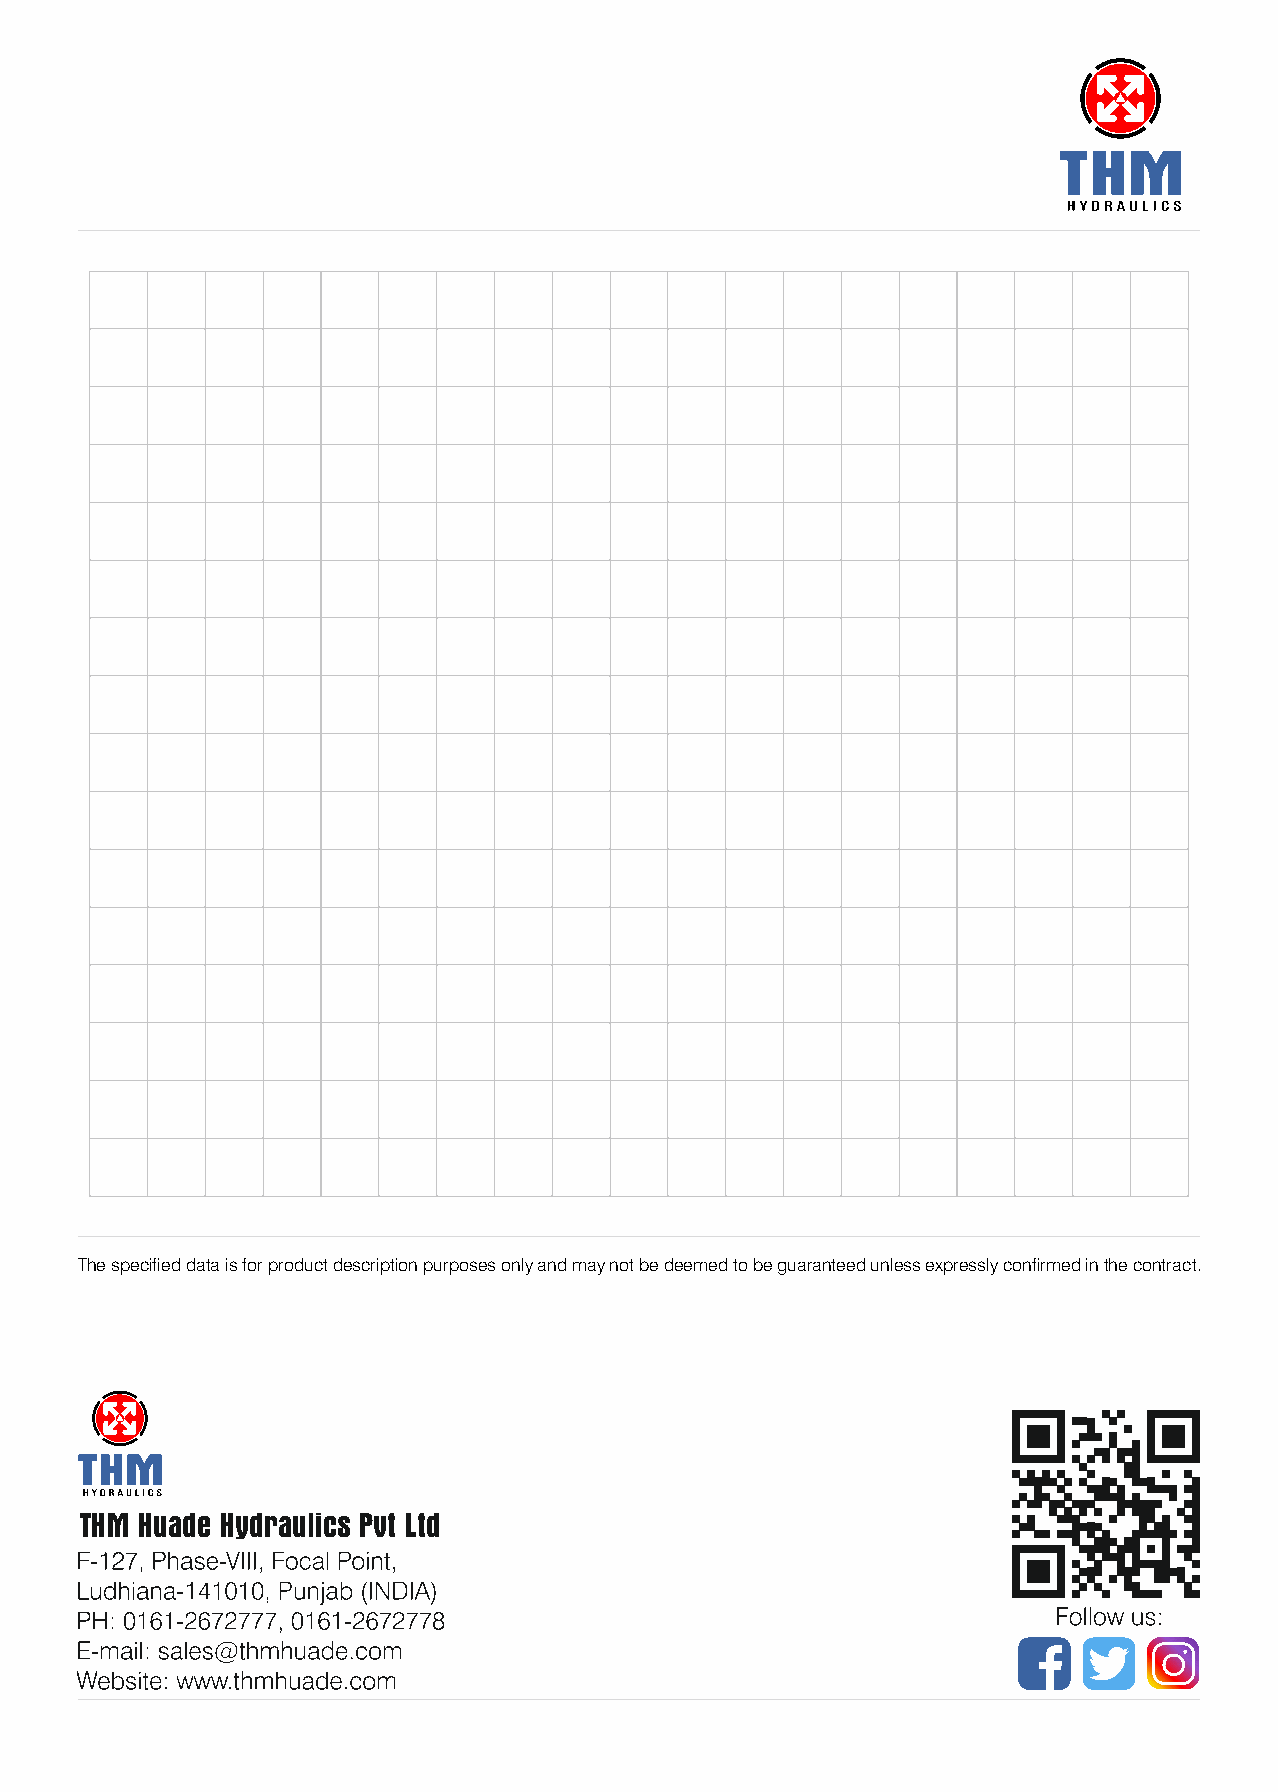
The specified data is for product description purposes only and may not be deemed to be guaranteed unless expressly confirmed in the contract.
 THM Huade Hydraulics Pvt Ltd